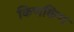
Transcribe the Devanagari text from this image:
किणकिण